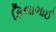
કિલાભાઈ